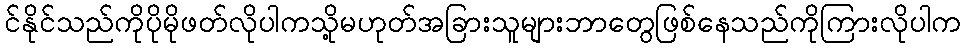
င်နိုင်သည်ကိုပိုမိုဖတ်လိုပါကသို့မဟုတ်အခြားသူများဘာတွေဖြစ်နေသည်ကိုကြားလိုပါက